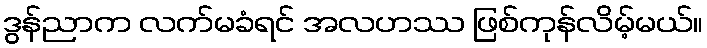
ဒွန်ညာက လက်မခံရင် အလဟဿ ဖြစ်ကုန်လိမ့်မယ်။